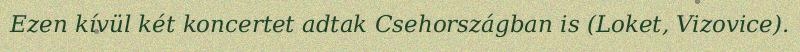
Ezen kívül két koncertet adtak Csehországban is (Loket, Vizovice).